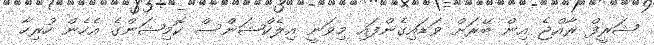
ޝަރީފް ރާއްޖެ އިން ބޭރަށް ވަޑައިގެންފައި މިވަނީ އިލެކްޝަންސް ކޮމިޝަންގެ އެހެން ހުރިހާ